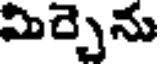
మిర్చెను